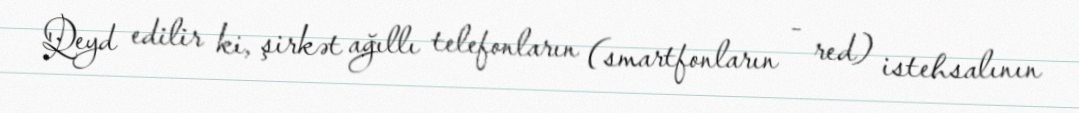
Qeyd edilir ki, şirkət ağıllı telefonların (smartfonların - red) istehsalının